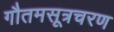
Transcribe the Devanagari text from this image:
गौतमसूत्रचरण